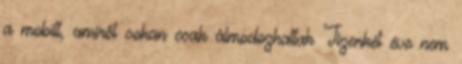
a mobilt, amiről sokan csak álmodozhattak Tizenkét éve nem